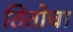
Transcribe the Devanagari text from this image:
तितोचा